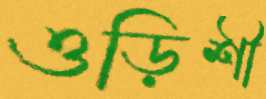
ওড়িশী